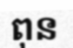
ពុន